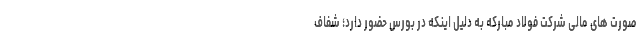
صورت های مالی شرکت فولاد مبارکه به دلیل اینکه در بورس حضور دارد؛ شفاف